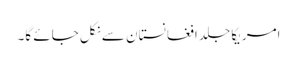
امریکا جلد افغانستان سے نکل جائے گا۔